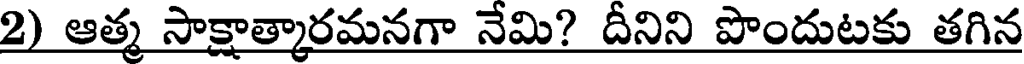
2) ఆత్మ సాక్షాత్కారమనగా నేమి? దీనిని పొందుటకు తగిన